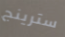
سترينج